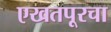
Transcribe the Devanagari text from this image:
एखतपूरचा